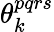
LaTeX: \theta_{k}^{pqrs}